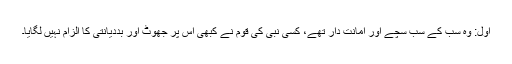
اول: وہ سب کے سب سچے اور امانت دار تھے، کسی نبی کی قوم نے کبھی اس پر جھوٹ اور بددیانتی کا الزام نہیں لگایا۔